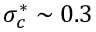
\sigma _ { c } ^ { * } \sim 0 . 3